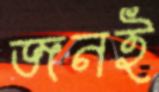
জনই